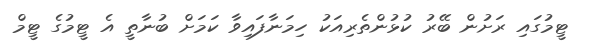
ޓީމުގައި ރަށުން ބޭރު ކުޅުންތެރިއަކު ހިމަނާފައިވާ ކަމަށް ބުނާތީ އެ ޓީމުގެ ޓީމް